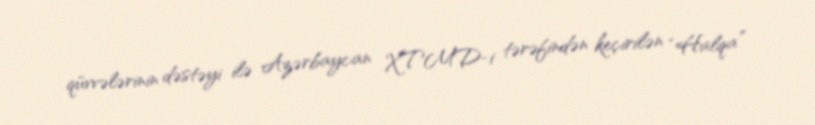
qüvvələrinin dəstəyi ilə Azərbaycan XTMD-i tərəfindən keçirilən “Halqa”